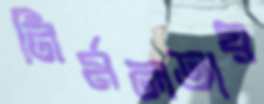
নির্মলতায়